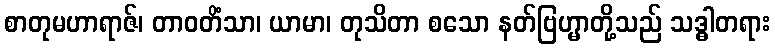
စာတုမဟာရာဇ်၊ တာဝတိံသာ၊ ယာမာ၊ တုသိတာ စသော နတ်ဗြဟ္မာတို့သည် သဒ္ဓါတရား